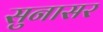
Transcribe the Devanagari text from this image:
सुनासर